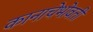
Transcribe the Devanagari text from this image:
कानाचेभोवती